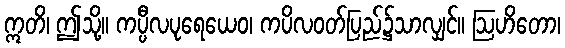
ဣတိ၊ ဤသို့။ ကပ္ပီလပုရေယေဝ၊ ကပိလဝတ်ပြည်၌သာလျှင်။ ဩဟိတော၊